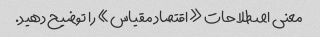
معنی اصطلاحات «اقتصاد مقیاس» را توضیح دهید.